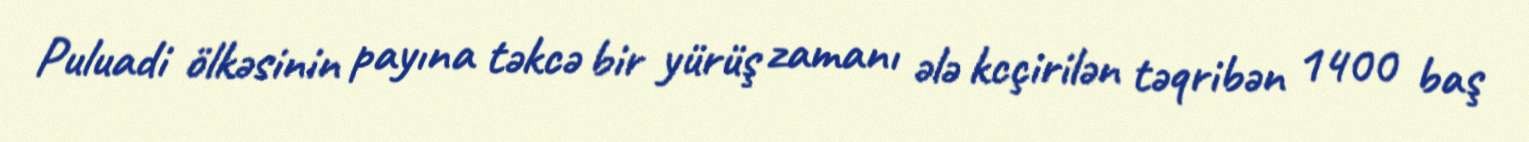
Puluadi ölkəsinin payına təkcə bir yürüş zamanı ələ kcçirilən təqribən 1400 baş